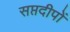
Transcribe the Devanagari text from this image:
सप्तदीपों